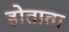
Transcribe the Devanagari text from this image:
होताता